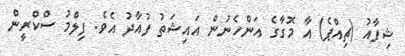
ޝިފާއު (ޗިއްޕެ) އާ މޮގާގެ އަންހެނުން އައިޝަތު ފުއާދު އެވެ. ފިލްމު ސްކްރީން